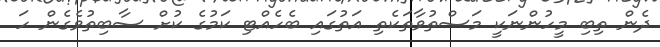
ދެން ތިބި މީހުންނަކީ މަސްތުވާތަކެތި އަތުގައި ބެހެއްޓި ކަމުގެ ކުށް ސާބިތުވެގެން ހަ